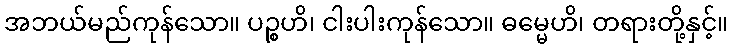
အဘယ်မည်ကုန်သော။ ပဉ္စဟိ၊ ငါးပါးကုန်သော။ ဓမ္မေဟိ၊ တရားတို့နှင့်။